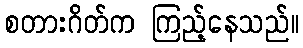
စတားဂိတ်က ကြည့်နေသည်။